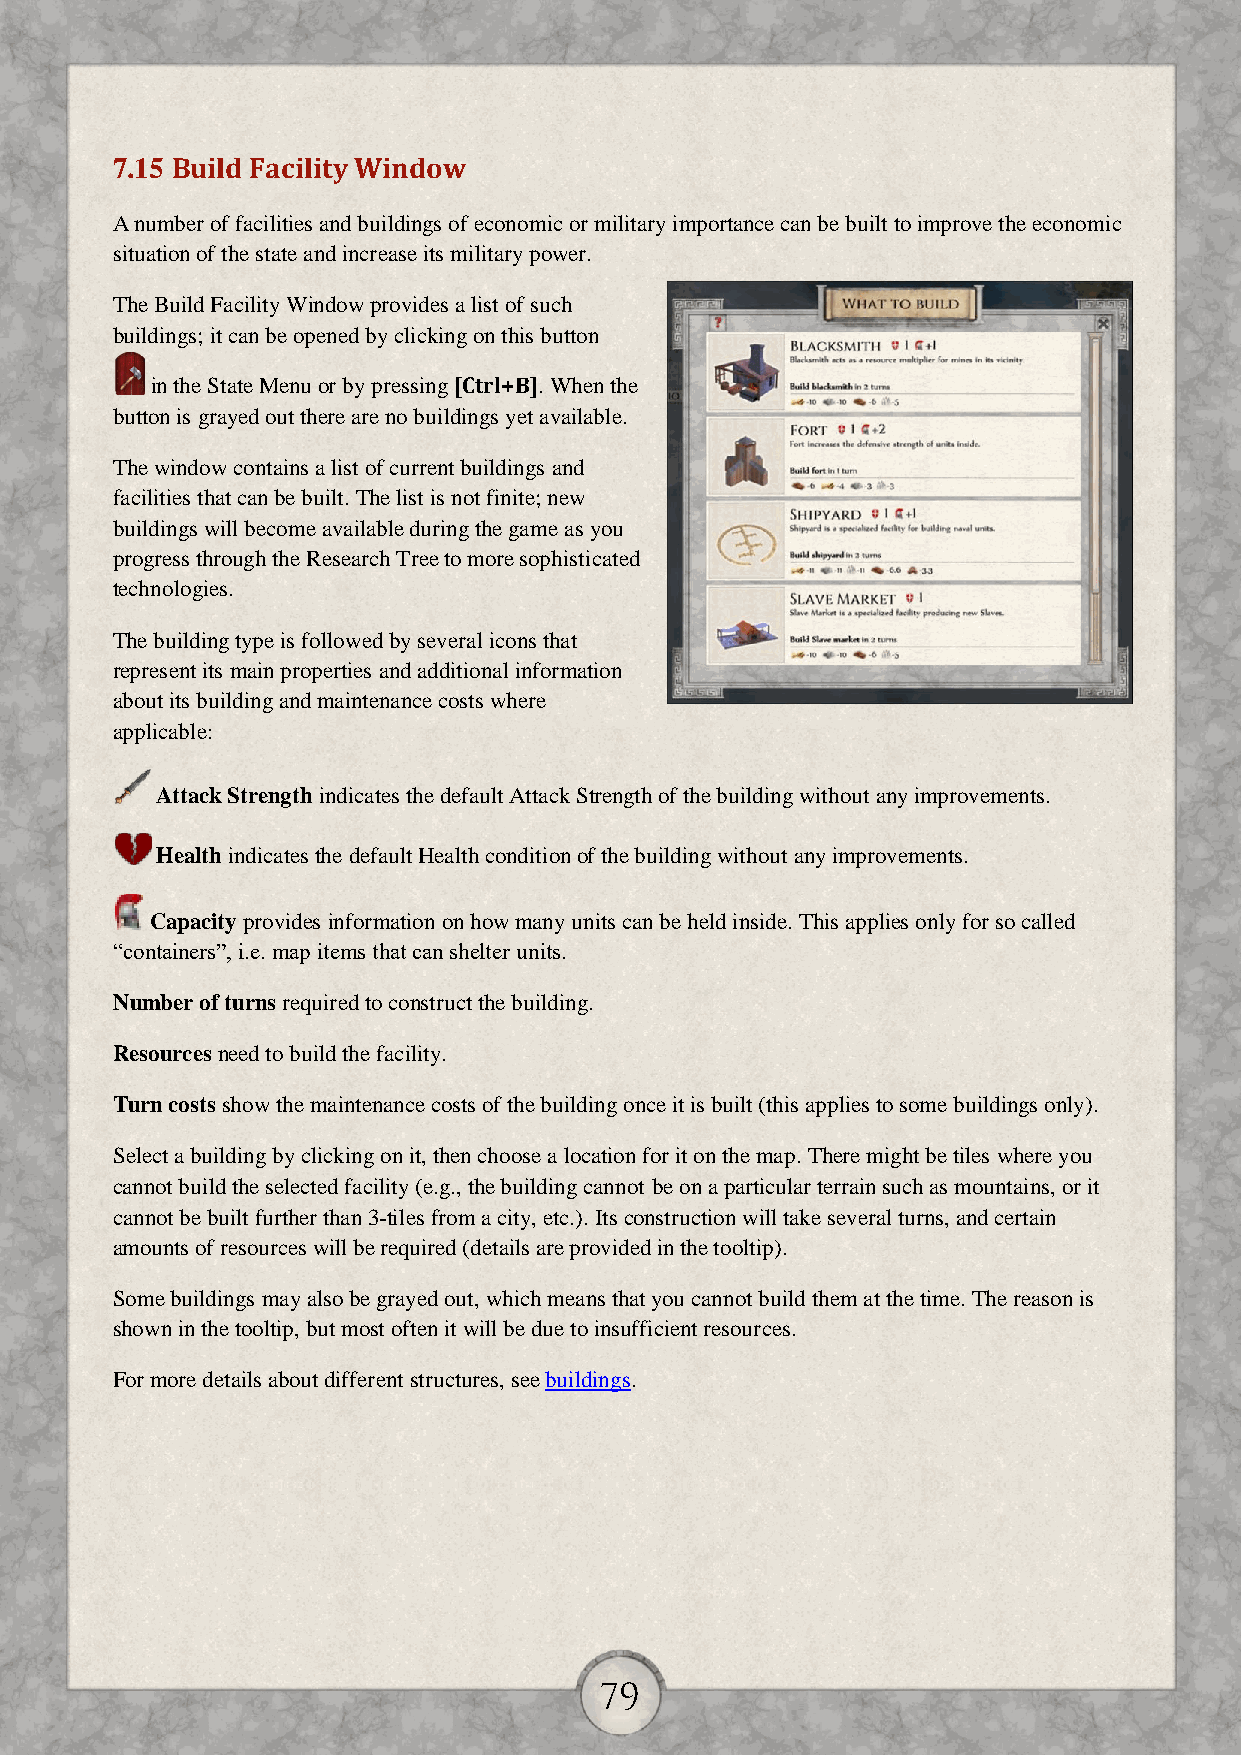
7.15 Build Facility Window
 A number of facilities and buildings of economic or military importance can be built to improve the economic
 situation of the state and increase its military power.
 The Build Facility Window provides a list of such
 buildings; it can be opened by clicking on this button
 in the State Menu or by pressing [Ctrl+B]. When the
 button is grayed out there are no buildings yet available.
 The window contains a list of current buildings and
 facilities that can be built. The list is not finite; new
 buildings will become available during the game as you
 progress through the Research Tree to more sophisticated
 technologies.
 The building type is followed by several icons that
 represent its main properties and additional information
 about its building and maintenance costs where
 applicable:
 Attack Strength indicates the default Attack Strength of the building without any improvements.
 Health indicates the default Health condition of the building without any improvements.
 Capacity provides information on how many units can be held inside. This applies only for so called
 “containers”, i.e. map items that can shelter units.
 Number of turns required to construct the building.
 Resources need to build the facility.
 Turn costs show the maintenance costs of the building once it is built (this applies to some buildings only).
 Select a building by clicking on it, then choose a location for it on the map. There might be tiles where you
 cannot build the selected facility (e.g., the building cannot be on a particular terrain such as mountains, or it
 cannot be built further than 3-tiles from a city, etc.). Its construction will take several turns, and certain
 amounts of resources will be required (details are provided in the tooltip).
 Some buildings may also be grayed out, which means that you cannot build them at the time. The reason is
 shown in the tooltip, but most often it will be due to insufficient resources.
 For more details about different structures, see buildings.
 79